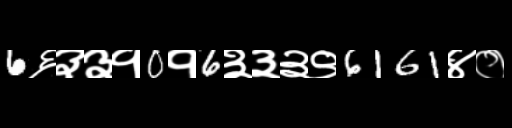
Text: 6६३३१0१6३३३९6161४०